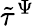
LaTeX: \tilde{\tau}^{\Psi}